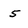
Character: 5